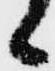
候